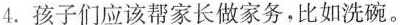
4. 孩子们应该帮家长做家务，比如洗碗。